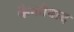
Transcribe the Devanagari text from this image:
कैकोवाद